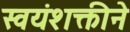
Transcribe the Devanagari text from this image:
स्वयंशक्तीने